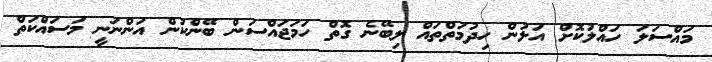
މައްސަލަ ހައްލުކޮށް އަލުން ހިދުމަތްތައް ލިބޭނެ ގޮތް ހަމަޖައްސަން ބޭންކުން އަންނަނީ މަސައްކަތް